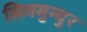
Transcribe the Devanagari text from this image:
सिगमुन्दुर